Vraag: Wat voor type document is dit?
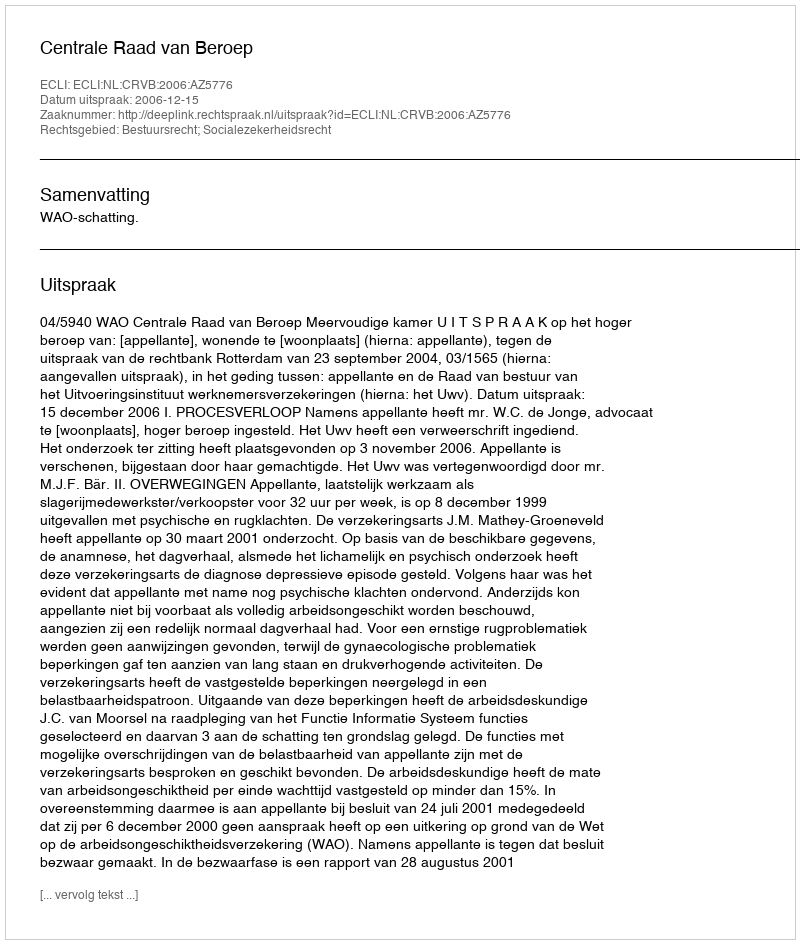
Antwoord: Uitspraak